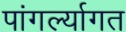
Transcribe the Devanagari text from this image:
पांगर्ल्यागत